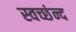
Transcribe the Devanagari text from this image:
स्वच्छंन्द